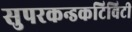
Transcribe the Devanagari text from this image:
सुपरकन्डकटिविटी